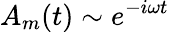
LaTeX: A_{m}(t)\sim e^{-i\omega t}